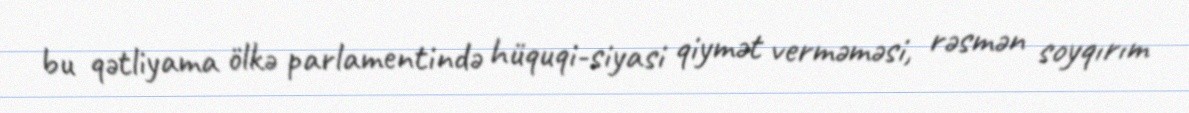
bu qətliyama ölkə parlamentində hüquqi-siyasi qiymət verməməsi, rəsmən soyqırım